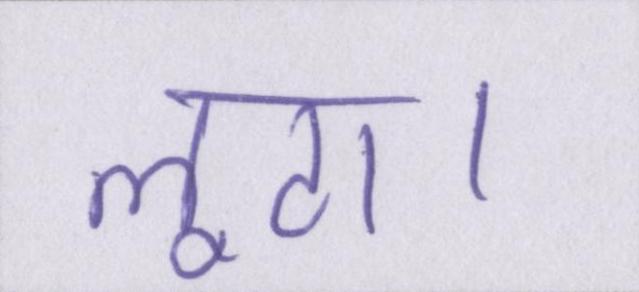
लूटा।